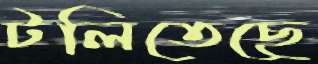
টলিতেছে